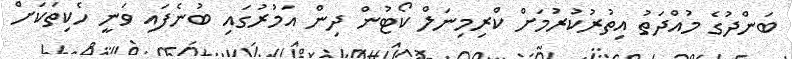
ބަންދުގެ މުއްދަތު އިތުރުކުރުމަށް ކްރިމިނަލް ކޯޓުން ދިން އަމުރުގައި ބުނެފައި ވަނީ ހެކިތަކަށް